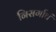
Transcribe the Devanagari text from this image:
निसर्गाचं